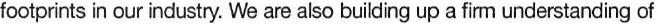
footprints in our industry. We are also building up a firm understanding of